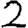
Digit: 2